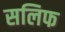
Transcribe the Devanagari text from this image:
सलिफ